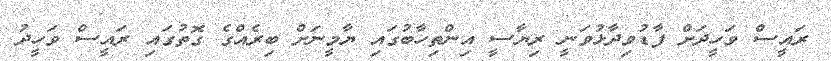
ރައީސް ވަހީދަށް ފާޑުވިދާޅުވަނީ ރިޔާސީ އިންތިހާބުގައި ޔާމީނަށް ބިރެއްގެ ގޮތުގައި ރައީސް ވަހީދު